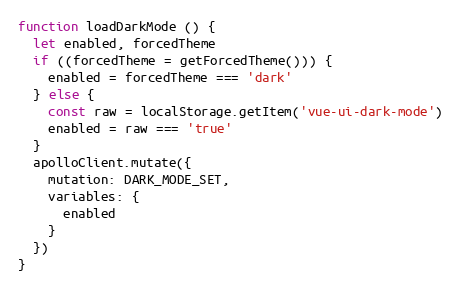
Language: JavaScript
function loadDarkMode () {
  let enabled, forcedTheme
  if ((forcedTheme = getForcedTheme())) {
    enabled = forcedTheme === 'dark'
  } else {
    const raw = localStorage.getItem('vue-ui-dark-mode')
    enabled = raw === 'true'
  }
  apolloClient.mutate({
    mutation: DARK_MODE_SET,
    variables: {
      enabled
    }
  })
}